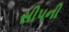
સીપની